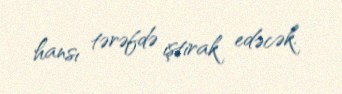
hansı tərəfdə iştirak edəcək.